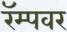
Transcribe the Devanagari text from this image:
रॅम्पवर